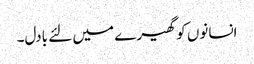
انسانوں کو گھیرے میں لئے بادل۔